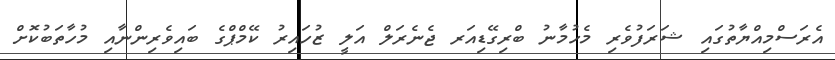
އެރަސްމިއްޔާތުގައި ޝަރަފުވެރި މެހުމާނު ބްރިގޭޑިއަރ ޖެނެރަލް އަލީ ޒުހައިރު ކޭމްޕްގެ ބައިވެރިންނާއި މުހާތަބުކޮށް